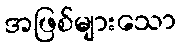
အဖြစ်များသော